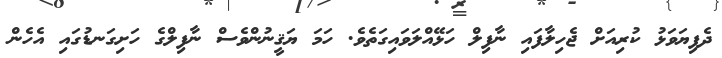
ދެފިޔަވަޅު ކުރިއަށް ޖެހިލާފައި ނާފިލް ހަޅޭއްލަވައިގަތެވެ. ހަމަ ޔަޤީނުންވެސް ނާފިލްގެ ހަށިގަނޑުގައި އެހެން